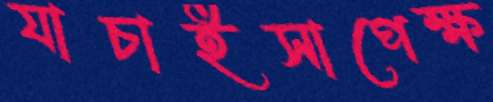
যাচাইসাপেক্ষ